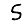
Digit: 5